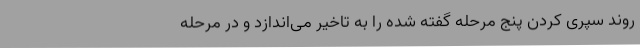
روند سپری کردن پنج مرحله گفته شده را به تاخیر می‌اندازد و در مرحله